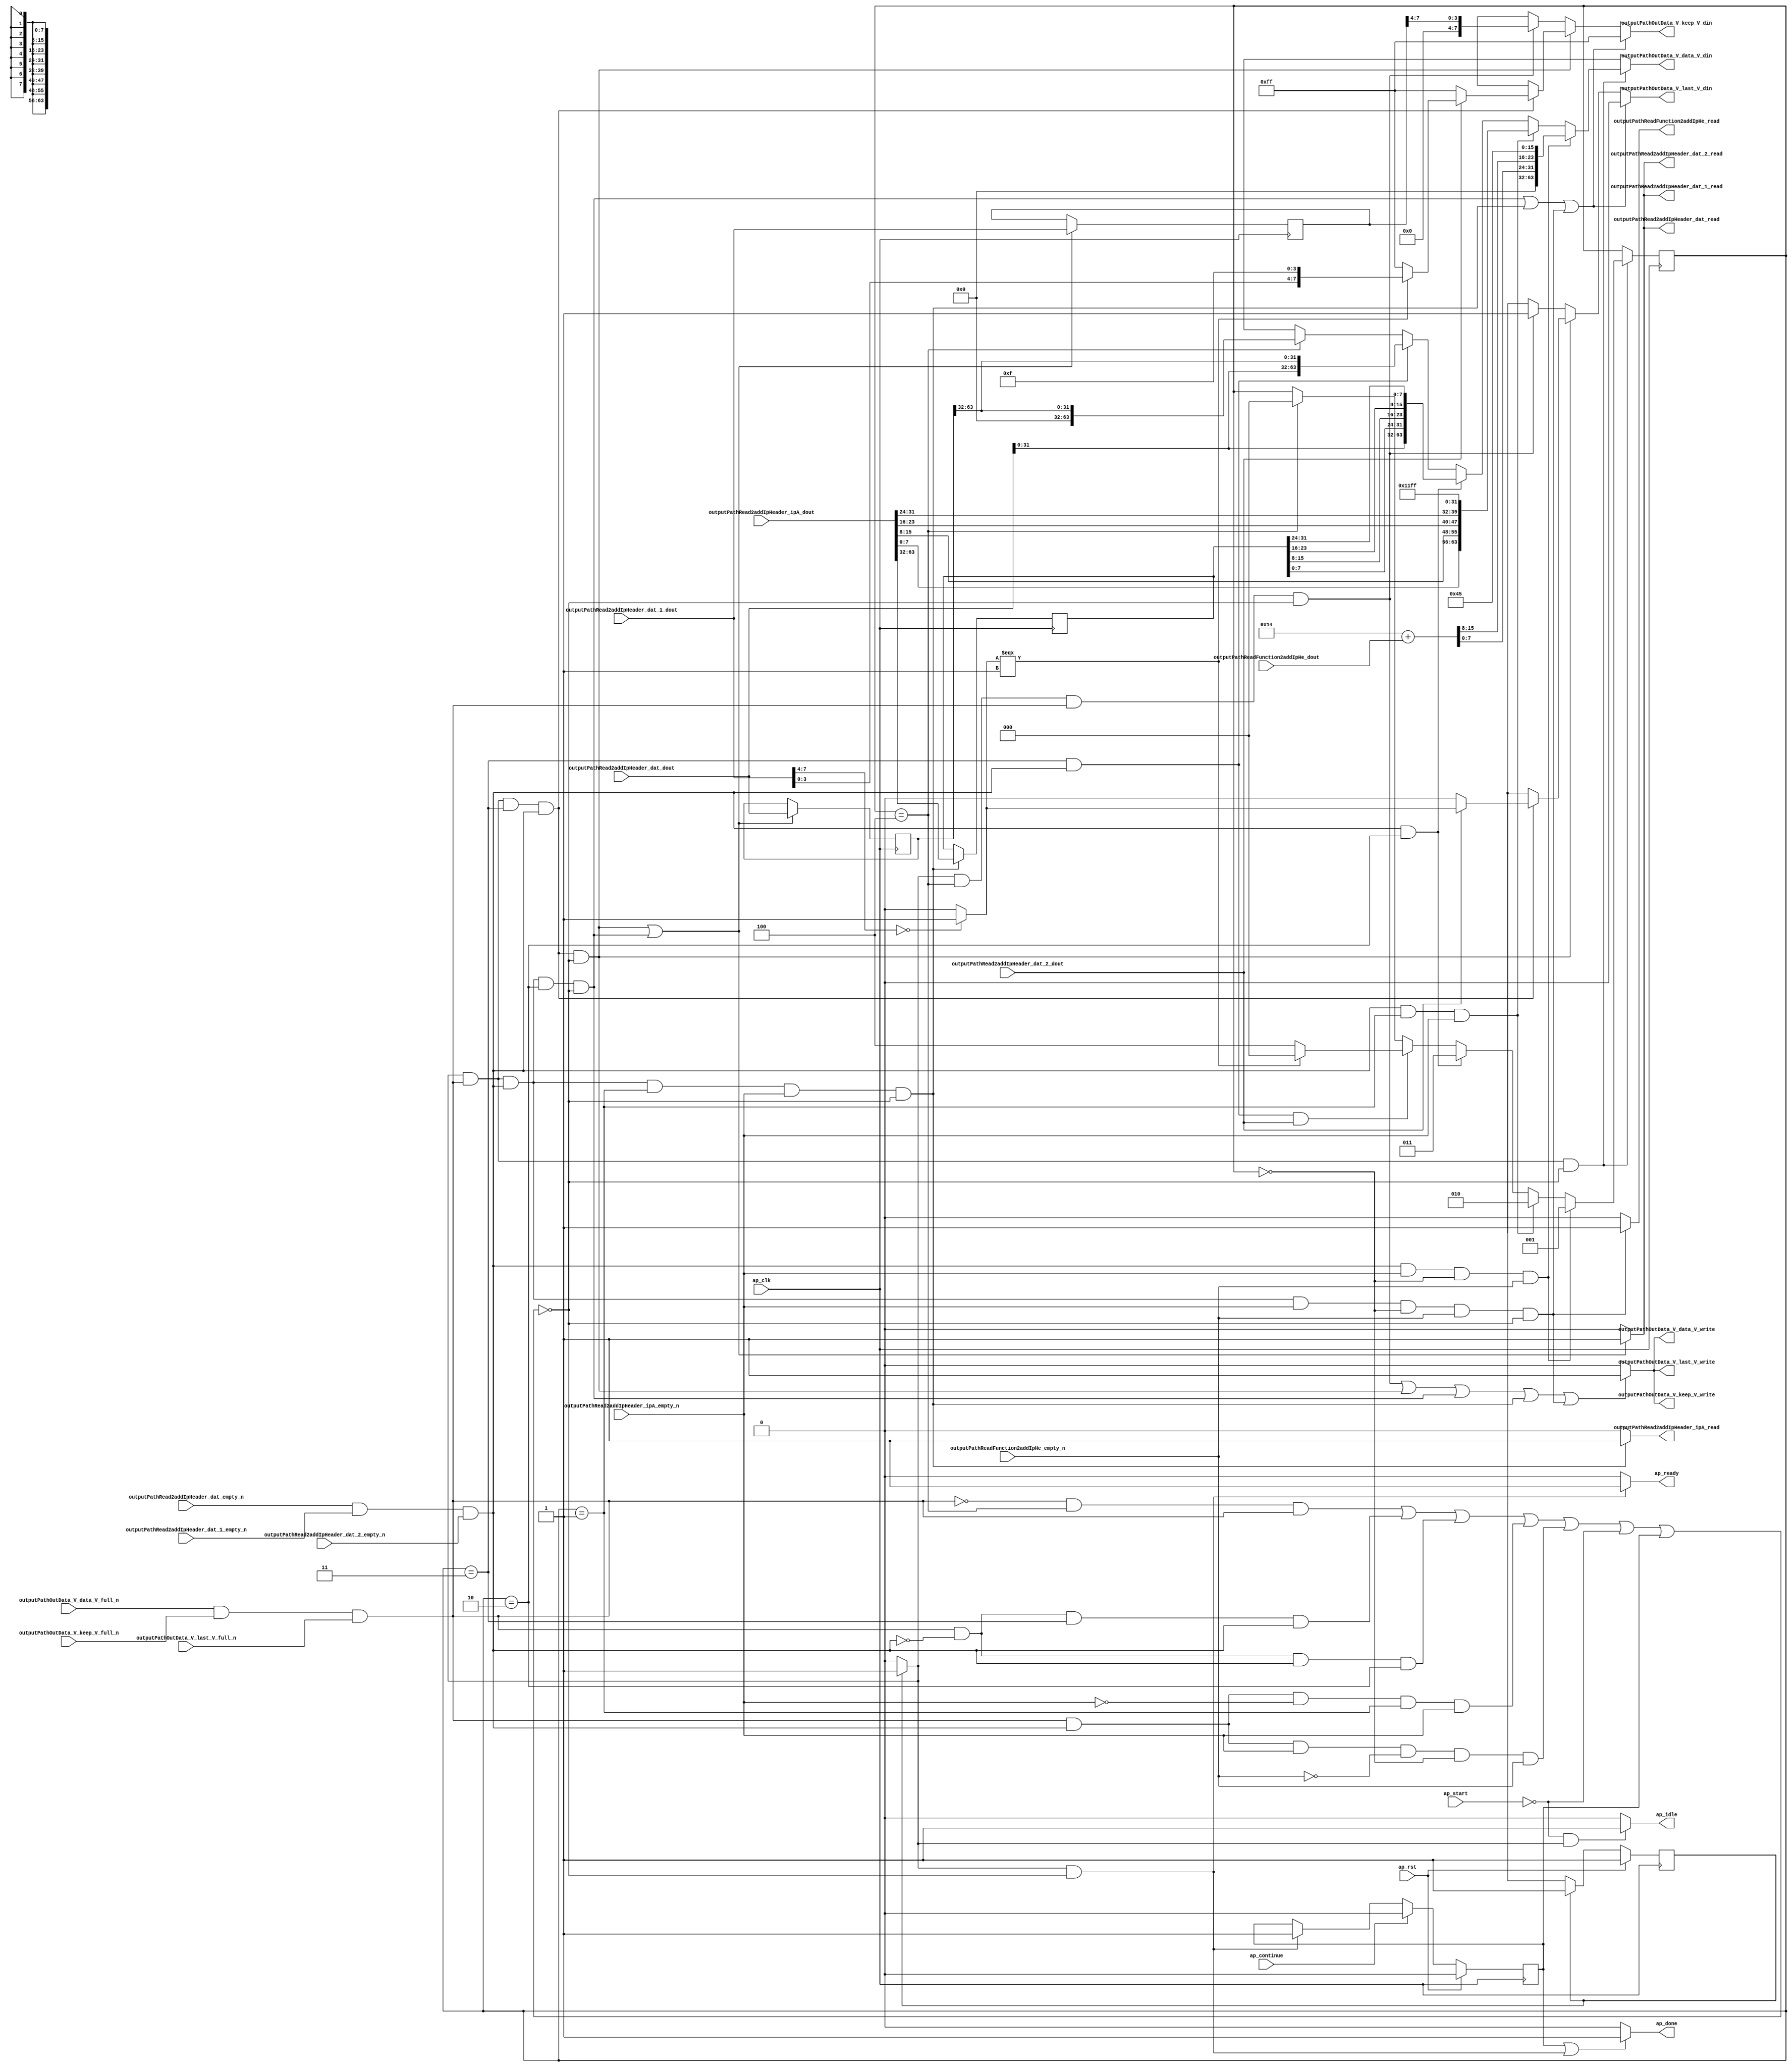
// This program was cloned from: https://github.com/mustafabbas/ECE1373_2016_hft_on_fpga
// License: MIT License

// ==============================================================
// RTL generated by Vivado(TM) HLS - High-Level Synthesis from C, C++ and SystemC
// Version: 2015.1
// Copyright (C) 2015 Xilinx Inc. All rights reserved.
// 
// ===========================================================

`timescale 1 ns / 1 ps 

module udp_addIpHeader (
        ap_clk,
        ap_rst,
        ap_start,
        ap_done,
        ap_continue,
        ap_idle,
        ap_ready,
        outputPathOutData_V_data_V_din,
        outputPathOutData_V_data_V_full_n,
        outputPathOutData_V_data_V_write,
        outputPathOutData_V_keep_V_din,
        outputPathOutData_V_keep_V_full_n,
        outputPathOutData_V_keep_V_write,
        outputPathOutData_V_last_V_din,
        outputPathOutData_V_last_V_full_n,
        outputPathOutData_V_last_V_write,
        outputPathRead2addIpHeader_dat_dout,
        outputPathRead2addIpHeader_dat_empty_n,
        outputPathRead2addIpHeader_dat_read,
        outputPathRead2addIpHeader_dat_1_dout,
        outputPathRead2addIpHeader_dat_1_empty_n,
        outputPathRead2addIpHeader_dat_1_read,
        outputPathRead2addIpHeader_dat_2_dout,
        outputPathRead2addIpHeader_dat_2_empty_n,
        outputPathRead2addIpHeader_dat_2_read,
        outputPathRead2addIpHeader_ipA_dout,
        outputPathRead2addIpHeader_ipA_empty_n,
        outputPathRead2addIpHeader_ipA_read,
        outputPathReadFunction2addIpHe_dout,
        outputPathReadFunction2addIpHe_empty_n,
        outputPathReadFunction2addIpHe_read
);

parameter    ap_const_logic_1 = 1'b1;
parameter    ap_const_logic_0 = 1'b0;
parameter    ap_ST_st1_fsm_0 = 1'b1;
parameter    ap_const_lv32_0 = 32'b00000000000000000000000000000000;
parameter    ap_const_lv1_1 = 1'b1;
parameter    ap_const_lv3_0 = 3'b000;
parameter    ap_const_lv3_4 = 3'b100;
parameter    ap_const_lv1_0 = 1'b0;
parameter    ap_const_lv3_3 = 3'b11;
parameter    ap_const_lv3_2 = 3'b10;
parameter    ap_const_lv3_1 = 3'b1;
parameter    ap_const_lv8_FF = 8'b11111111;
parameter    ap_const_lv32_20 = 32'b100000;
parameter    ap_const_lv32_3F = 32'b111111;
parameter    ap_const_lv32_4 = 32'b100;
parameter    ap_const_lv32_7 = 32'b111;
parameter    ap_const_lv4_0 = 4'b0000;
parameter    ap_const_lv4_F = 4'b1111;
parameter    ap_const_lv32_18 = 32'b11000;
parameter    ap_const_lv32_1F = 32'b11111;
parameter    ap_const_lv32_10 = 32'b10000;
parameter    ap_const_lv32_17 = 32'b10111;
parameter    ap_const_lv32_8 = 32'b1000;
parameter    ap_const_lv32_F = 32'b1111;
parameter    ap_const_lv32_11FF = 32'b1000111111111;
parameter    ap_const_lv16_14 = 16'b10100;
parameter    ap_const_lv16_45 = 16'b1000101;
parameter    ap_true = 1'b1;

input   ap_clk;
input   ap_rst;
input   ap_start;
output   ap_done;
input   ap_continue;
output   ap_idle;
output   ap_ready;
output  [63:0] outputPathOutData_V_data_V_din;
input   outputPathOutData_V_data_V_full_n;
output   outputPathOutData_V_data_V_write;
output  [7:0] outputPathOutData_V_keep_V_din;
input   outputPathOutData_V_keep_V_full_n;
output   outputPathOutData_V_keep_V_write;
output  [0:0] outputPathOutData_V_last_V_din;
input   outputPathOutData_V_last_V_full_n;
output   outputPathOutData_V_last_V_write;
input  [63:0] outputPathRead2addIpHeader_dat_dout;
input   outputPathRead2addIpHeader_dat_empty_n;
output   outputPathRead2addIpHeader_dat_read;
input  [7:0] outputPathRead2addIpHeader_dat_1_dout;
input   outputPathRead2addIpHeader_dat_1_empty_n;
output   outputPathRead2addIpHeader_dat_1_read;
input  [0:0] outputPathRead2addIpHeader_dat_2_dout;
input   outputPathRead2addIpHeader_dat_2_empty_n;
output   outputPathRead2addIpHeader_dat_2_read;
input  [63:0] outputPathRead2addIpHeader_ipA_dout;
input   outputPathRead2addIpHeader_ipA_empty_n;
output   outputPathRead2addIpHeader_ipA_read;
input  [15:0] outputPathReadFunction2addIpHe_dout;
input   outputPathReadFunction2addIpHe_empty_n;
output   outputPathReadFunction2addIpHe_read;

reg ap_done;
reg ap_idle;
reg ap_ready;
reg[63:0] outputPathOutData_V_data_V_din;
reg[7:0] outputPathOutData_V_keep_V_din;
reg[0:0] outputPathOutData_V_last_V_din;
reg outputPathRead2addIpHeader_ipA_read;
reg outputPathReadFunction2addIpHe_read;
reg    ap_done_reg = 1'b0;
(* fsm_encoding = "none" *) reg   [0:0] ap_CS_fsm = 1'b1;
reg    ap_sig_cseq_ST_st1_fsm_0;
reg    ap_sig_bdd_20;
reg   [2:0] iphState = 3'b000;
reg   [63:0] outputWord_data_V_1 = 64'b0000000000000000000000000000000000000000000000000000000000000000;
reg   [31:0] ipHeaderTuple_destinationIP_V = 32'b00000000000000000000000000000000;
reg   [7:0] outputWord_keep_V_1 = 8'b00000000;
wire   [0:0] tmp_s_fu_358_p2;
reg   [0:0] tmp_last_V_10_phi_fu_243_p4;
wire    outputPathOutData_V_data_V1_status;
wire   [0:0] grp_nbwritereq_fu_162_p5;
wire    outputPathRead2addIpHeader_dat0_status;
wire   [0:0] grp_nbreadreq_fu_188_p5;
wire   [0:0] grp_nbreadreq_fu_212_p3;
wire   [0:0] tmp_44_nbreadreq_fu_226_p3;
reg    ap_sig_bdd_131;
wire   [0:0] tmp_last_V_fu_331_p1;
wire   [7:0] tmp_57_fu_377_p3;
reg   [7:0] tmp_keep_V_19_phi_fu_254_p4;
reg    outputPathOutData_V_data_V1_update;
wire   [63:0] p_Result_38_fu_301_p1;
wire   [63:0] p_Result_37_fu_339_p3;
wire   [63:0] p_Result_36_fu_442_p6;
wire   [63:0] p_Result_35_fu_513_p6;
wire   [63:0] p_Result_34_fu_554_p5;
wire   [7:0] p_Result_39_fu_320_p1;
reg    outputPathRead2addIpHeader_dat0_update;
wire   [2:0] storemerge_fu_386_p3;
wire   [31:0] grp_fu_263_p4;
wire   [3:0] p_Result_13_fu_310_p4;
wire   [31:0] tmp_115_fu_335_p1;
wire   [3:0] p_Result_15_fu_348_p4;
wire   [3:0] tmp_117_fu_365_p1;
wire   [7:0] p_Result_s_fu_369_p3;
wire   [31:0] tmp_114_fu_438_p1;
wire   [7:0] tmp_113_fu_434_p1;
wire   [7:0] p_Result_4_i9_fu_424_p4;
wire   [7:0] p_Result_2_i9_fu_414_p4;
wire   [7:0] p_Result_i7_fu_404_p4;
wire   [7:0] tmp_116_fu_509_p1;
wire   [7:0] p_Result_4_i_fu_499_p4;
wire   [7:0] p_Result_2_i_fu_489_p4;
wire   [7:0] p_Result_i8_fu_479_p4;
wire   [15:0] tmp_V_6_fu_534_p2;
wire   [7:0] tmp_118_fu_550_p1;
wire   [7:0] p_Result_i_fu_540_p4;
reg   [0:0] ap_NS_fsm;
reg    ap_sig_bdd_358;
reg    ap_sig_bdd_94;
reg    ap_sig_bdd_105;
reg    ap_sig_bdd_116;
reg    ap_sig_bdd_357;
reg    ap_sig_bdd_88;
reg    ap_sig_bdd_198;




/// the current state (ap_CS_fsm) of the state machine. ///
always @ (posedge ap_clk)
begin : ap_ret_ap_CS_fsm
    if (ap_rst == 1'b1) begin
        ap_CS_fsm <= ap_ST_st1_fsm_0;
    end else begin
        ap_CS_fsm <= ap_NS_fsm;
    end
end

/// ap_done_reg assign process. ///
always @ (posedge ap_clk)
begin : ap_ret_ap_done_reg
    if (ap_rst == 1'b1) begin
        ap_done_reg <= ap_const_logic_0;
    end else begin
        if ((ap_const_logic_1 == ap_continue)) begin
            ap_done_reg <= ap_const_logic_0;
        end else if (((ap_const_logic_1 == ap_sig_cseq_ST_st1_fsm_0) & ~ap_sig_bdd_131)) begin
            ap_done_reg <= ap_const_logic_1;
        end
    end
end

/// assign process. ///
always @(posedge ap_clk)
begin
    if (ap_sig_bdd_357) begin
        if (ap_sig_bdd_116) begin
            iphState <= ap_const_lv3_1;
        end else if (ap_sig_bdd_105) begin
            iphState <= ap_const_lv3_2;
        end else if (ap_sig_bdd_94) begin
            iphState <= ap_const_lv3_3;
        end else if (ap_sig_bdd_358) begin
            iphState <= storemerge_fu_386_p3;
        end else if ((iphState == ap_const_lv3_4)) begin
            iphState <= ap_const_lv3_0;
        end
    end
end

/// assign process. ///
always @(posedge ap_clk)
begin
    if (((ap_const_logic_1 == ap_sig_cseq_ST_st1_fsm_0) & ~(grp_nbwritereq_fu_162_p5 == ap_const_lv1_0) & ~(ap_const_lv1_0 == grp_nbreadreq_fu_188_p5) & (iphState == ap_const_lv3_1) & ~(ap_const_lv1_0 == grp_nbreadreq_fu_212_p3) & ~ap_sig_bdd_131)) begin
        ipHeaderTuple_destinationIP_V <= {{outputPathRead2addIpHeader_ipA_dout[ap_const_lv32_3F : ap_const_lv32_20]}};
    end
end

/// assign process. ///
always @(posedge ap_clk)
begin
    if ((((ap_const_logic_1 == ap_sig_cseq_ST_st1_fsm_0) & ~(grp_nbwritereq_fu_162_p5 == ap_const_lv1_0) & (iphState == ap_const_lv3_3) & ~(ap_const_lv1_0 == grp_nbreadreq_fu_188_p5) & ~ap_sig_bdd_131) | ((ap_const_logic_1 == ap_sig_cseq_ST_st1_fsm_0) & ~(grp_nbwritereq_fu_162_p5 == ap_const_lv1_0) & ~(ap_const_lv1_0 == grp_nbreadreq_fu_188_p5) & (iphState == ap_const_lv3_2) & ~ap_sig_bdd_131))) begin
        outputWord_data_V_1 <= outputPathRead2addIpHeader_dat_dout;
        outputWord_keep_V_1 <= outputPathRead2addIpHeader_dat_1_dout;
    end
end

/// ap_done assign process. ///
always @ (ap_done_reg or ap_sig_cseq_ST_st1_fsm_0 or ap_sig_bdd_131)
begin
    if (((ap_const_logic_1 == ap_done_reg) | ((ap_const_logic_1 == ap_sig_cseq_ST_st1_fsm_0) & ~ap_sig_bdd_131))) begin
        ap_done = ap_const_logic_1;
    end else begin
        ap_done = ap_const_logic_0;
    end
end

/// ap_idle assign process. ///
always @ (ap_start or ap_sig_cseq_ST_st1_fsm_0)
begin
    if ((~(ap_const_logic_1 == ap_start) & (ap_const_logic_1 == ap_sig_cseq_ST_st1_fsm_0))) begin
        ap_idle = ap_const_logic_1;
    end else begin
        ap_idle = ap_const_logic_0;
    end
end

/// ap_ready assign process. ///
always @ (ap_sig_cseq_ST_st1_fsm_0 or ap_sig_bdd_131)
begin
    if (((ap_const_logic_1 == ap_sig_cseq_ST_st1_fsm_0) & ~ap_sig_bdd_131)) begin
        ap_ready = ap_const_logic_1;
    end else begin
        ap_ready = ap_const_logic_0;
    end
end

/// ap_sig_cseq_ST_st1_fsm_0 assign process. ///
always @ (ap_sig_bdd_20)
begin
    if (ap_sig_bdd_20) begin
        ap_sig_cseq_ST_st1_fsm_0 = ap_const_logic_1;
    end else begin
        ap_sig_cseq_ST_st1_fsm_0 = ap_const_logic_0;
    end
end

/// outputPathOutData_V_data_V1_update assign process. ///
always @ (ap_sig_cseq_ST_st1_fsm_0 or iphState or grp_nbwritereq_fu_162_p5 or grp_nbreadreq_fu_188_p5 or grp_nbreadreq_fu_212_p3 or tmp_44_nbreadreq_fu_226_p3 or ap_sig_bdd_131)
begin
    if ((((ap_const_logic_1 == ap_sig_cseq_ST_st1_fsm_0) & (iphState == ap_const_lv3_4) & ~(grp_nbwritereq_fu_162_p5 == ap_const_lv1_0) & ~ap_sig_bdd_131) | ((ap_const_logic_1 == ap_sig_cseq_ST_st1_fsm_0) & ~(grp_nbwritereq_fu_162_p5 == ap_const_lv1_0) & (iphState == ap_const_lv3_3) & ~(ap_const_lv1_0 == grp_nbreadreq_fu_188_p5) & ~ap_sig_bdd_131) | ((ap_const_logic_1 == ap_sig_cseq_ST_st1_fsm_0) & ~(grp_nbwritereq_fu_162_p5 == ap_const_lv1_0) & ~(ap_const_lv1_0 == grp_nbreadreq_fu_188_p5) & (iphState == ap_const_lv3_2) & ~ap_sig_bdd_131) | ((ap_const_logic_1 == ap_sig_cseq_ST_st1_fsm_0) & ~(grp_nbwritereq_fu_162_p5 == ap_const_lv1_0) & ~(ap_const_lv1_0 == grp_nbreadreq_fu_188_p5) & (iphState == ap_const_lv3_1) & ~(ap_const_lv1_0 == grp_nbreadreq_fu_212_p3) & ~ap_sig_bdd_131) | ((ap_const_logic_1 == ap_sig_cseq_ST_st1_fsm_0) & ~(grp_nbwritereq_fu_162_p5 == ap_const_lv1_0) & ~(ap_const_lv1_0 == grp_nbreadreq_fu_188_p5) & ~(ap_const_lv1_0 == grp_nbreadreq_fu_212_p3) & (ap_const_lv3_0 == iphState) & ~(ap_const_lv1_0 == tmp_44_nbreadreq_fu_226_p3) & ~ap_sig_bdd_131))) begin
        outputPathOutData_V_data_V1_update = ap_const_logic_1;
    end else begin
        outputPathOutData_V_data_V1_update = ap_const_logic_0;
    end
end

/// outputPathOutData_V_data_V_din assign process. ///
always @ (iphState or p_Result_38_fu_301_p1 or p_Result_37_fu_339_p3 or p_Result_36_fu_442_p6 or p_Result_35_fu_513_p6 or p_Result_34_fu_554_p5 or ap_sig_bdd_94 or ap_sig_bdd_105 or ap_sig_bdd_116 or ap_sig_bdd_357 or ap_sig_bdd_88)
begin
    if (ap_sig_bdd_357) begin
        if (ap_sig_bdd_116) begin
            outputPathOutData_V_data_V_din = p_Result_34_fu_554_p5;
        end else if (ap_sig_bdd_105) begin
            outputPathOutData_V_data_V_din = p_Result_35_fu_513_p6;
        end else if (ap_sig_bdd_94) begin
            outputPathOutData_V_data_V_din = p_Result_36_fu_442_p6;
        end else if (ap_sig_bdd_88) begin
            outputPathOutData_V_data_V_din = p_Result_37_fu_339_p3;
        end else if ((iphState == ap_const_lv3_4)) begin
            outputPathOutData_V_data_V_din = p_Result_38_fu_301_p1;
        end else begin
            outputPathOutData_V_data_V_din = 'bx;
        end
    end else begin
        outputPathOutData_V_data_V_din = 'bx;
    end
end

/// outputPathOutData_V_keep_V_din assign process. ///
always @ (ap_sig_cseq_ST_st1_fsm_0 or iphState or grp_nbwritereq_fu_162_p5 or grp_nbreadreq_fu_188_p5 or grp_nbreadreq_fu_212_p3 or tmp_44_nbreadreq_fu_226_p3 or ap_sig_bdd_131 or tmp_keep_V_19_phi_fu_254_p4 or p_Result_39_fu_320_p1)
begin
    if ((((ap_const_logic_1 == ap_sig_cseq_ST_st1_fsm_0) & ~(grp_nbwritereq_fu_162_p5 == ap_const_lv1_0) & ~(ap_const_lv1_0 == grp_nbreadreq_fu_188_p5) & (iphState == ap_const_lv3_2) & ~ap_sig_bdd_131) | ((ap_const_logic_1 == ap_sig_cseq_ST_st1_fsm_0) & ~(grp_nbwritereq_fu_162_p5 == ap_const_lv1_0) & ~(ap_const_lv1_0 == grp_nbreadreq_fu_188_p5) & (iphState == ap_const_lv3_1) & ~(ap_const_lv1_0 == grp_nbreadreq_fu_212_p3) & ~ap_sig_bdd_131) | ((ap_const_logic_1 == ap_sig_cseq_ST_st1_fsm_0) & ~(grp_nbwritereq_fu_162_p5 == ap_const_lv1_0) & ~(ap_const_lv1_0 == grp_nbreadreq_fu_188_p5) & ~(ap_const_lv1_0 == grp_nbreadreq_fu_212_p3) & (ap_const_lv3_0 == iphState) & ~(ap_const_lv1_0 == tmp_44_nbreadreq_fu_226_p3) & ~ap_sig_bdd_131))) begin
        outputPathOutData_V_keep_V_din = ap_const_lv8_FF;
    end else if (((ap_const_logic_1 == ap_sig_cseq_ST_st1_fsm_0) & ~(grp_nbwritereq_fu_162_p5 == ap_const_lv1_0) & (iphState == ap_const_lv3_3) & ~(ap_const_lv1_0 == grp_nbreadreq_fu_188_p5) & ~ap_sig_bdd_131)) begin
        outputPathOutData_V_keep_V_din = tmp_keep_V_19_phi_fu_254_p4;
    end else if (((ap_const_logic_1 == ap_sig_cseq_ST_st1_fsm_0) & (iphState == ap_const_lv3_4) & ~(grp_nbwritereq_fu_162_p5 == ap_const_lv1_0) & ~ap_sig_bdd_131)) begin
        outputPathOutData_V_keep_V_din = p_Result_39_fu_320_p1;
    end else begin
        outputPathOutData_V_keep_V_din = 'bx;
    end
end

/// outputPathOutData_V_last_V_din assign process. ///
always @ (ap_sig_cseq_ST_st1_fsm_0 or iphState or tmp_last_V_10_phi_fu_243_p4 or grp_nbwritereq_fu_162_p5 or grp_nbreadreq_fu_188_p5 or grp_nbreadreq_fu_212_p3 or tmp_44_nbreadreq_fu_226_p3 or ap_sig_bdd_131)
begin
    if ((((ap_const_logic_1 == ap_sig_cseq_ST_st1_fsm_0) & ~(grp_nbwritereq_fu_162_p5 == ap_const_lv1_0) & ~(ap_const_lv1_0 == grp_nbreadreq_fu_188_p5) & (iphState == ap_const_lv3_2) & ~ap_sig_bdd_131) | ((ap_const_logic_1 == ap_sig_cseq_ST_st1_fsm_0) & ~(grp_nbwritereq_fu_162_p5 == ap_const_lv1_0) & ~(ap_const_lv1_0 == grp_nbreadreq_fu_188_p5) & (iphState == ap_const_lv3_1) & ~(ap_const_lv1_0 == grp_nbreadreq_fu_212_p3) & ~ap_sig_bdd_131) | ((ap_const_logic_1 == ap_sig_cseq_ST_st1_fsm_0) & ~(grp_nbwritereq_fu_162_p5 == ap_const_lv1_0) & ~(ap_const_lv1_0 == grp_nbreadreq_fu_188_p5) & ~(ap_const_lv1_0 == grp_nbreadreq_fu_212_p3) & (ap_const_lv3_0 == iphState) & ~(ap_const_lv1_0 == tmp_44_nbreadreq_fu_226_p3) & ~ap_sig_bdd_131))) begin
        outputPathOutData_V_last_V_din = ap_const_lv1_0;
    end else if (((ap_const_logic_1 == ap_sig_cseq_ST_st1_fsm_0) & ~(grp_nbwritereq_fu_162_p5 == ap_const_lv1_0) & (iphState == ap_const_lv3_3) & ~(ap_const_lv1_0 == grp_nbreadreq_fu_188_p5) & ~ap_sig_bdd_131)) begin
        outputPathOutData_V_last_V_din = tmp_last_V_10_phi_fu_243_p4;
    end else if (((ap_const_logic_1 == ap_sig_cseq_ST_st1_fsm_0) & (iphState == ap_const_lv3_4) & ~(grp_nbwritereq_fu_162_p5 == ap_const_lv1_0) & ~ap_sig_bdd_131)) begin
        outputPathOutData_V_last_V_din = ap_const_lv1_1;
    end else begin
        outputPathOutData_V_last_V_din = 'bx;
    end
end

/// outputPathRead2addIpHeader_dat0_update assign process. ///
always @ (ap_sig_cseq_ST_st1_fsm_0 or iphState or grp_nbwritereq_fu_162_p5 or grp_nbreadreq_fu_188_p5 or ap_sig_bdd_131)
begin
    if ((((ap_const_logic_1 == ap_sig_cseq_ST_st1_fsm_0) & ~(grp_nbwritereq_fu_162_p5 == ap_const_lv1_0) & (iphState == ap_const_lv3_3) & ~(ap_const_lv1_0 == grp_nbreadreq_fu_188_p5) & ~ap_sig_bdd_131) | ((ap_const_logic_1 == ap_sig_cseq_ST_st1_fsm_0) & ~(grp_nbwritereq_fu_162_p5 == ap_const_lv1_0) & ~(ap_const_lv1_0 == grp_nbreadreq_fu_188_p5) & (iphState == ap_const_lv3_2) & ~ap_sig_bdd_131))) begin
        outputPathRead2addIpHeader_dat0_update = ap_const_logic_1;
    end else begin
        outputPathRead2addIpHeader_dat0_update = ap_const_logic_0;
    end
end

/// outputPathRead2addIpHeader_ipA_read assign process. ///
always @ (ap_sig_cseq_ST_st1_fsm_0 or iphState or grp_nbwritereq_fu_162_p5 or grp_nbreadreq_fu_188_p5 or grp_nbreadreq_fu_212_p3 or ap_sig_bdd_131)
begin
    if (((ap_const_logic_1 == ap_sig_cseq_ST_st1_fsm_0) & ~(grp_nbwritereq_fu_162_p5 == ap_const_lv1_0) & ~(ap_const_lv1_0 == grp_nbreadreq_fu_188_p5) & (iphState == ap_const_lv3_1) & ~(ap_const_lv1_0 == grp_nbreadreq_fu_212_p3) & ~ap_sig_bdd_131)) begin
        outputPathRead2addIpHeader_ipA_read = ap_const_logic_1;
    end else begin
        outputPathRead2addIpHeader_ipA_read = ap_const_logic_0;
    end
end

/// outputPathReadFunction2addIpHe_read assign process. ///
always @ (ap_sig_cseq_ST_st1_fsm_0 or iphState or grp_nbwritereq_fu_162_p5 or grp_nbreadreq_fu_188_p5 or grp_nbreadreq_fu_212_p3 or tmp_44_nbreadreq_fu_226_p3 or ap_sig_bdd_131)
begin
    if (((ap_const_logic_1 == ap_sig_cseq_ST_st1_fsm_0) & ~(grp_nbwritereq_fu_162_p5 == ap_const_lv1_0) & ~(ap_const_lv1_0 == grp_nbreadreq_fu_188_p5) & ~(ap_const_lv1_0 == grp_nbreadreq_fu_212_p3) & (ap_const_lv3_0 == iphState) & ~(ap_const_lv1_0 == tmp_44_nbreadreq_fu_226_p3) & ~ap_sig_bdd_131)) begin
        outputPathReadFunction2addIpHe_read = ap_const_logic_1;
    end else begin
        outputPathReadFunction2addIpHe_read = ap_const_logic_0;
    end
end

/// tmp_keep_V_19_phi_fu_254_p4 assign process. ///
always @ (tmp_last_V_fu_331_p1 or tmp_57_fu_377_p3 or ap_sig_bdd_198)
begin
    if (ap_sig_bdd_198) begin
        if ((ap_const_lv1_0 == tmp_last_V_fu_331_p1)) begin
            tmp_keep_V_19_phi_fu_254_p4 = ap_const_lv8_FF;
        end else if (~(ap_const_lv1_0 == tmp_last_V_fu_331_p1)) begin
            tmp_keep_V_19_phi_fu_254_p4 = tmp_57_fu_377_p3;
        end else begin
            tmp_keep_V_19_phi_fu_254_p4 = 'bx;
        end
    end else begin
        tmp_keep_V_19_phi_fu_254_p4 = 'bx;
    end
end

/// tmp_last_V_10_phi_fu_243_p4 assign process. ///
always @ (tmp_s_fu_358_p2 or tmp_last_V_fu_331_p1 or ap_sig_bdd_198)
begin
    if (ap_sig_bdd_198) begin
        if ((ap_const_lv1_0 == tmp_last_V_fu_331_p1)) begin
            tmp_last_V_10_phi_fu_243_p4 = ap_const_lv1_0;
        end else if (~(ap_const_lv1_0 == tmp_last_V_fu_331_p1)) begin
            tmp_last_V_10_phi_fu_243_p4 = tmp_s_fu_358_p2;
        end else begin
            tmp_last_V_10_phi_fu_243_p4 = 'bx;
        end
    end else begin
        tmp_last_V_10_phi_fu_243_p4 = 'bx;
    end
end
/// the next state (ap_NS_fsm) of the state machine. ///
always @ (ap_CS_fsm or ap_sig_bdd_131)
begin
    case (ap_CS_fsm)
        ap_ST_st1_fsm_0 : 
        begin
            ap_NS_fsm = ap_ST_st1_fsm_0;
        end
        default : 
        begin
            ap_NS_fsm = 'bx;
        end
    endcase
end


/// ap_sig_bdd_105 assign process. ///
always @ (iphState or grp_nbreadreq_fu_188_p5 or grp_nbreadreq_fu_212_p3)
begin
    ap_sig_bdd_105 = (~(ap_const_lv1_0 == grp_nbreadreq_fu_188_p5) & (iphState == ap_const_lv3_1) & ~(ap_const_lv1_0 == grp_nbreadreq_fu_212_p3));
end

/// ap_sig_bdd_116 assign process. ///
always @ (iphState or grp_nbreadreq_fu_188_p5 or grp_nbreadreq_fu_212_p3 or tmp_44_nbreadreq_fu_226_p3)
begin
    ap_sig_bdd_116 = (~(ap_const_lv1_0 == grp_nbreadreq_fu_188_p5) & ~(ap_const_lv1_0 == grp_nbreadreq_fu_212_p3) & (ap_const_lv3_0 == iphState) & ~(ap_const_lv1_0 == tmp_44_nbreadreq_fu_226_p3));
end

/// ap_sig_bdd_131 assign process. ///
always @ (ap_start or ap_done_reg or iphState or outputPathRead2addIpHeader_ipA_empty_n or outputPathReadFunction2addIpHe_empty_n or outputPathOutData_V_data_V1_status or grp_nbwritereq_fu_162_p5 or outputPathRead2addIpHeader_dat0_status or grp_nbreadreq_fu_188_p5 or grp_nbreadreq_fu_212_p3 or tmp_44_nbreadreq_fu_226_p3)
begin
    ap_sig_bdd_131 = (((outputPathOutData_V_data_V1_status == ap_const_logic_0) & (iphState == ap_const_lv3_4) & ~(grp_nbwritereq_fu_162_p5 == ap_const_lv1_0)) | (~(grp_nbwritereq_fu_162_p5 == ap_const_lv1_0) & (outputPathRead2addIpHeader_dat0_status == ap_const_logic_0) & (iphState == ap_const_lv3_3) & ~(ap_const_lv1_0 == grp_nbreadreq_fu_188_p5)) | ((outputPathOutData_V_data_V1_status == ap_const_logic_0) & ~(grp_nbwritereq_fu_162_p5 == ap_const_lv1_0) & (iphState == ap_const_lv3_3) & ~(ap_const_lv1_0 == grp_nbreadreq_fu_188_p5)) | (~(grp_nbwritereq_fu_162_p5 == ap_const_lv1_0) & (outputPathRead2addIpHeader_dat0_status == ap_const_logic_0) & ~(ap_const_lv1_0 == grp_nbreadreq_fu_188_p5) & (iphState == ap_const_lv3_2)) | ((outputPathOutData_V_data_V1_status == ap_const_logic_0) & ~(grp_nbwritereq_fu_162_p5 == ap_const_lv1_0) & ~(ap_const_lv1_0 == grp_nbreadreq_fu_188_p5) & (iphState == ap_const_lv3_2)) | (~(grp_nbwritereq_fu_162_p5 == ap_const_lv1_0) & ~(ap_const_lv1_0 == grp_nbreadreq_fu_188_p5) & (outputPathRead2addIpHeader_ipA_empty_n == ap_const_logic_0) & (iphState == ap_const_lv3_1) & ~(ap_const_lv1_0 == grp_nbreadreq_fu_212_p3)) | ((outputPathOutData_V_data_V1_status == ap_const_logic_0) & ~(grp_nbwritereq_fu_162_p5 == ap_const_lv1_0) & ~(ap_const_lv1_0 == grp_nbreadreq_fu_188_p5) & (iphState == ap_const_lv3_1) & ~(ap_const_lv1_0 == grp_nbreadreq_fu_212_p3)) | (~(grp_nbwritereq_fu_162_p5 == ap_const_lv1_0) & ~(ap_const_lv1_0 == grp_nbreadreq_fu_188_p5) & ~(ap_const_lv1_0 == grp_nbreadreq_fu_212_p3) & (outputPathReadFunction2addIpHe_empty_n == ap_const_logic_0) & (ap_const_lv3_0 == iphState) & ~(ap_const_lv1_0 == tmp_44_nbreadreq_fu_226_p3)) | ((outputPathOutData_V_data_V1_status == ap_const_logic_0) & ~(grp_nbwritereq_fu_162_p5 == ap_const_lv1_0) & ~(ap_const_lv1_0 == grp_nbreadreq_fu_188_p5) & ~(ap_const_lv1_0 == grp_nbreadreq_fu_212_p3) & (ap_const_lv3_0 == iphState) & ~(ap_const_lv1_0 == tmp_44_nbreadreq_fu_226_p3)) | (ap_start == ap_const_logic_0) | (ap_done_reg == ap_const_logic_1));
end

/// ap_sig_bdd_198 assign process. ///
always @ (ap_sig_cseq_ST_st1_fsm_0 or iphState or grp_nbwritereq_fu_162_p5 or grp_nbreadreq_fu_188_p5)
begin
    ap_sig_bdd_198 = ((ap_const_logic_1 == ap_sig_cseq_ST_st1_fsm_0) & ~(grp_nbwritereq_fu_162_p5 == ap_const_lv1_0) & (iphState == ap_const_lv3_3) & ~(ap_const_lv1_0 == grp_nbreadreq_fu_188_p5));
end

/// ap_sig_bdd_20 assign process. ///
always @ (ap_CS_fsm)
begin
    ap_sig_bdd_20 = (ap_CS_fsm[ap_const_lv32_0] == ap_const_lv1_1);
end

/// ap_sig_bdd_357 assign process. ///
always @ (ap_sig_cseq_ST_st1_fsm_0 or grp_nbwritereq_fu_162_p5 or ap_sig_bdd_131)
begin
    ap_sig_bdd_357 = ((ap_const_logic_1 == ap_sig_cseq_ST_st1_fsm_0) & ~(grp_nbwritereq_fu_162_p5 == ap_const_lv1_0) & ~ap_sig_bdd_131);
end

/// ap_sig_bdd_358 assign process. ///
always @ (iphState or grp_nbreadreq_fu_188_p5 or tmp_last_V_fu_331_p1)
begin
    ap_sig_bdd_358 = ((iphState == ap_const_lv3_3) & ~(ap_const_lv1_0 == grp_nbreadreq_fu_188_p5) & ~(ap_const_lv1_0 == tmp_last_V_fu_331_p1));
end

/// ap_sig_bdd_88 assign process. ///
always @ (iphState or grp_nbreadreq_fu_188_p5)
begin
    ap_sig_bdd_88 = ((iphState == ap_const_lv3_3) & ~(ap_const_lv1_0 == grp_nbreadreq_fu_188_p5));
end

/// ap_sig_bdd_94 assign process. ///
always @ (iphState or grp_nbreadreq_fu_188_p5)
begin
    ap_sig_bdd_94 = (~(ap_const_lv1_0 == grp_nbreadreq_fu_188_p5) & (iphState == ap_const_lv3_2));
end
assign grp_fu_263_p4 = {{outputWord_data_V_1[ap_const_lv32_3F : ap_const_lv32_20]}};
assign grp_nbreadreq_fu_188_p5 = (outputPathRead2addIpHeader_dat_empty_n & outputPathRead2addIpHeader_dat_1_empty_n & outputPathRead2addIpHeader_dat_2_empty_n);
assign grp_nbreadreq_fu_212_p3 = outputPathRead2addIpHeader_ipA_empty_n;
assign grp_nbwritereq_fu_162_p5 = (outputPathOutData_V_data_V_full_n & outputPathOutData_V_keep_V_full_n & outputPathOutData_V_last_V_full_n);
assign outputPathOutData_V_data_V1_status = (outputPathOutData_V_data_V_full_n & outputPathOutData_V_keep_V_full_n & outputPathOutData_V_last_V_full_n);
assign outputPathOutData_V_data_V_write = outputPathOutData_V_data_V1_update;
assign outputPathOutData_V_keep_V_write = outputPathOutData_V_data_V1_update;
assign outputPathOutData_V_last_V_write = outputPathOutData_V_data_V1_update;
assign outputPathRead2addIpHeader_dat0_status = (outputPathRead2addIpHeader_dat_empty_n & outputPathRead2addIpHeader_dat_1_empty_n & outputPathRead2addIpHeader_dat_2_empty_n);
assign outputPathRead2addIpHeader_dat_1_read = outputPathRead2addIpHeader_dat0_update;
assign outputPathRead2addIpHeader_dat_2_read = outputPathRead2addIpHeader_dat0_update;
assign outputPathRead2addIpHeader_dat_read = outputPathRead2addIpHeader_dat0_update;
assign p_Result_13_fu_310_p4 = {{outputWord_keep_V_1[ap_const_lv32_7 : ap_const_lv32_4]}};
assign p_Result_15_fu_348_p4 = {{outputPathRead2addIpHeader_dat_1_dout[ap_const_lv32_7 : ap_const_lv32_4]}};
assign p_Result_2_i9_fu_414_p4 = {{ipHeaderTuple_destinationIP_V[ap_const_lv32_17 : ap_const_lv32_10]}};
assign p_Result_2_i_fu_489_p4 = {{outputPathRead2addIpHeader_ipA_dout[ap_const_lv32_17 : ap_const_lv32_10]}};
assign p_Result_34_fu_554_p5 = {{{{{{ap_const_lv32_0}, {tmp_118_fu_550_p1}}}, {p_Result_i_fu_540_p4}}}, {ap_const_lv16_45}};
assign p_Result_35_fu_513_p6 = {{{{{tmp_116_fu_509_p1}, {p_Result_4_i_fu_499_p4}}, {p_Result_2_i_fu_489_p4}}, {p_Result_i8_fu_479_p4}}, {ap_const_lv32_11FF}};
assign p_Result_36_fu_442_p6 = {{{{{tmp_114_fu_438_p1}, {tmp_113_fu_434_p1}}, {p_Result_4_i9_fu_424_p4}}, {p_Result_2_i9_fu_414_p4}}, {p_Result_i7_fu_404_p4}};
assign p_Result_37_fu_339_p3 = {{tmp_115_fu_335_p1}, {grp_fu_263_p4}};
assign p_Result_38_fu_301_p1 = grp_fu_263_p4;
assign p_Result_39_fu_320_p1 = p_Result_13_fu_310_p4;
assign p_Result_4_i9_fu_424_p4 = {{ipHeaderTuple_destinationIP_V[ap_const_lv32_F : ap_const_lv32_8]}};
assign p_Result_4_i_fu_499_p4 = {{outputPathRead2addIpHeader_ipA_dout[ap_const_lv32_F : ap_const_lv32_8]}};
assign p_Result_i7_fu_404_p4 = {{ipHeaderTuple_destinationIP_V[ap_const_lv32_1F : ap_const_lv32_18]}};
assign p_Result_i8_fu_479_p4 = {{outputPathRead2addIpHeader_ipA_dout[ap_const_lv32_1F : ap_const_lv32_18]}};
assign p_Result_i_fu_540_p4 = {{tmp_V_6_fu_534_p2[ap_const_lv32_F : ap_const_lv32_8]}};
assign p_Result_s_fu_369_p3 = {{tmp_117_fu_365_p1}, {ap_const_lv4_F}};
assign storemerge_fu_386_p3 = ((tmp_s_fu_358_p2[0:0]===1'b1)? ap_const_lv3_0: ap_const_lv3_4);
assign tmp_113_fu_434_p1 = ipHeaderTuple_destinationIP_V[7:0];
assign tmp_114_fu_438_p1 = outputPathRead2addIpHeader_dat_dout[31:0];
assign tmp_115_fu_335_p1 = outputPathRead2addIpHeader_dat_dout[31:0];
assign tmp_116_fu_509_p1 = outputPathRead2addIpHeader_ipA_dout[7:0];
assign tmp_117_fu_365_p1 = outputPathRead2addIpHeader_dat_1_dout[3:0];
assign tmp_118_fu_550_p1 = tmp_V_6_fu_534_p2[7:0];
assign tmp_44_nbreadreq_fu_226_p3 = outputPathReadFunction2addIpHe_empty_n;
assign tmp_57_fu_377_p3 = ((tmp_s_fu_358_p2[0:0]===1'b1)? p_Result_s_fu_369_p3: ap_const_lv8_FF);
assign tmp_V_6_fu_534_p2 = (ap_const_lv16_14 + outputPathReadFunction2addIpHe_dout);
assign tmp_last_V_fu_331_p1 = outputPathRead2addIpHeader_dat_2_dout;
assign tmp_s_fu_358_p2 = (p_Result_15_fu_348_p4 == ap_const_lv4_0? 1'b1: 1'b0);


endmodule //udp_addIpHeader